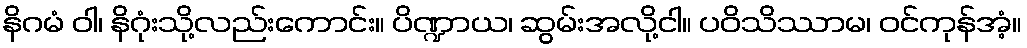
နိဂမံ ဝါ၊ နိဂုံးသို့လည်းကောင်း။ ပိဏ္ဍာယ၊ ဆွမ်းအလို့ငါ။ ပဝိသိဿာမ၊ ဝင်ကုန်အံ့။